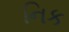
નિક